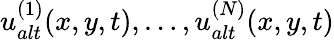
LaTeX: u_{alt}^{(1)}(x,y,t),\dots,u_{alt}^{(N)}(x,y,t)